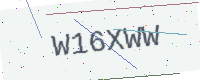
Text: W16XWW